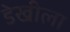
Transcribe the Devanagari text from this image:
डेखीला